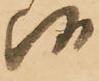
候